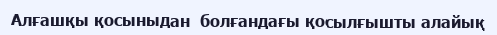
Алғашқы қосыныдан  болғандағы қосылғышты алайық